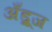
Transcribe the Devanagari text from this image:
अँड्रूज